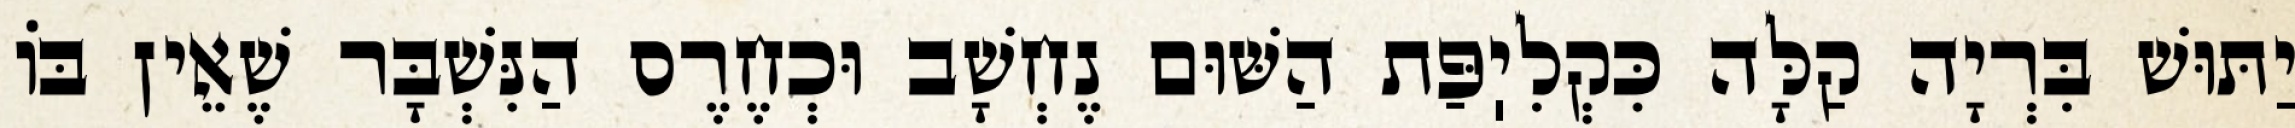
יַתּוּשׁ בִּרְיָה קַלָּה כִּקְלִיֽפַּת הַשּׁוּם נֶחְשָׁב וּכְחֶרֶס הַנִּשְׁבָּר שֶׁאֵין בּוֹ